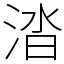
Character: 涾